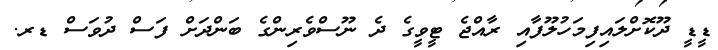
ޑީޑީ ދޫކޮށްލައިފިމަހުލޫފާއި ރާއްޖެ ޓީވީގެ ދެ ނޫސްވެރިންގެ ބަންދަށް ފަސް ދުވަސް ޑރ.